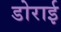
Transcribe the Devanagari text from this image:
डोराई